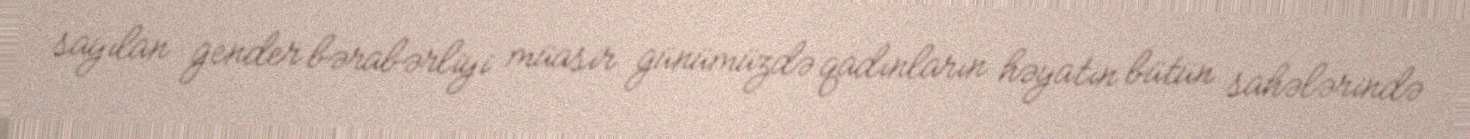
sayılan gender bərabərliyi müasir günümüzdə qadınların həyatın bütün sahələrində